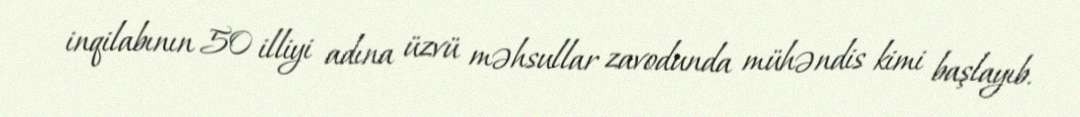
inqilabının 50 illiyi adına üzvü məhsullar zavodunda mühəndis kimi başlayıb.